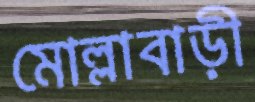
মোল্লাবাড়ী